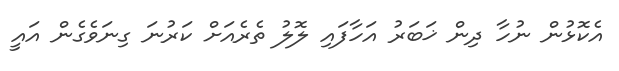
އެކޮޅުން ނުހާ ދިން ޚަބަރު އަހާފައި ލޮލު ތެރެއަށް ކަރުނަ ގިނަވެގެން އައީ